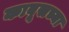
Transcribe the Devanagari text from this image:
काबूसच्या